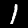
Label: 1